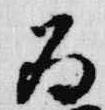
為